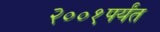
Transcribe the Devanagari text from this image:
२००१पर्यंत